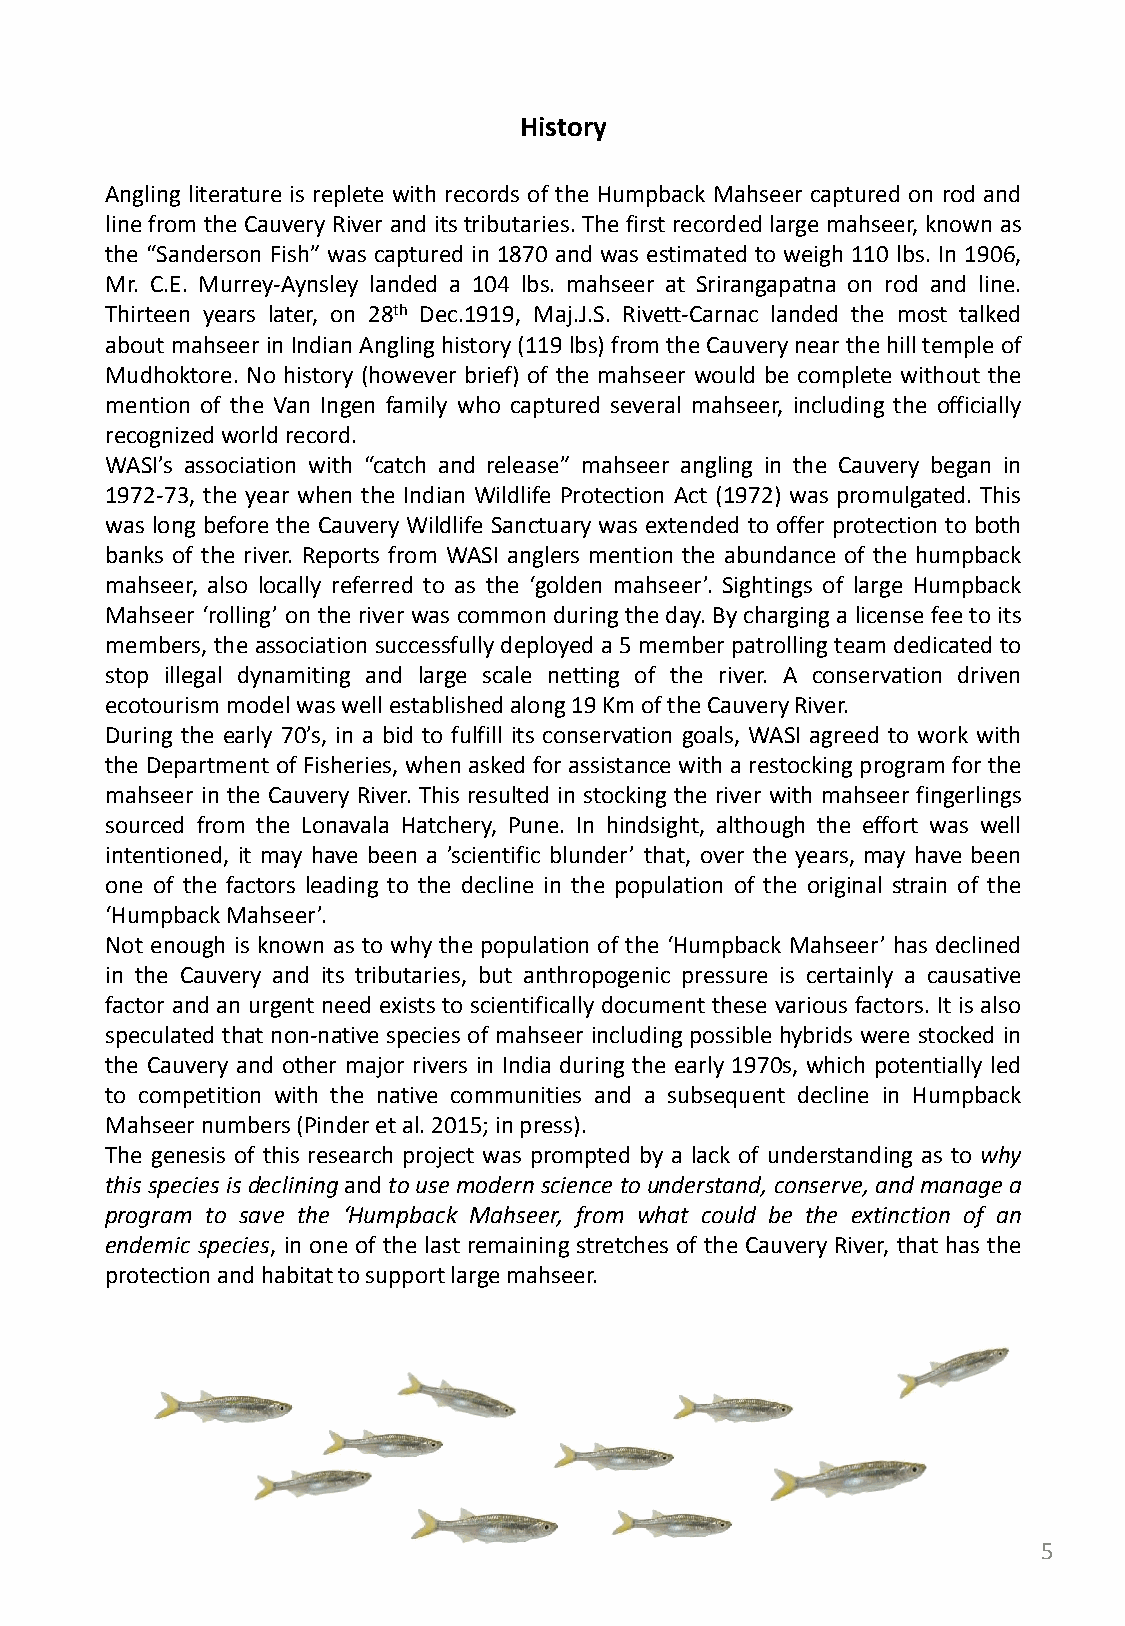
History
 Angling literature is replete with records of the Humpback Mahseer captured on rod and
 line from the Cauvery River and its tributaries. The first recorded large mahseer, known as
 the “Sanderson Fish” was captured in 1870 and was estimated to weigh 110 lbs. In 1906,
 Mr. C.E. Murrey-Aynsley landed a 104 lbs. mahseer at Srirangapatna on rod and line.
 Thirteen years later, on 28th Dec.1919, Maj.J.S. Rivett-Carnac landed the most talked
 about mahseer in Indian Angling history (119 lbs) from the Cauvery near the hill temple of
 Mudhoktore. No history (however brief) of the mahseer would be complete without the
 mention of the Van Ingen family who captured several mahseer, including the officially
 recognized world record.
 WASI’s association with “catch and release” mahseer angling in the Cauvery began in
 1972-73, the year when the Indian Wildlife Protection Act (1972) was promulgated. This
 was long before the Cauvery Wildlife Sanctuary was extended to offer protection to both
 banks of the river. Reports from WASI anglers mention the abundance of the humpback
 mahseer, also locally referred to as the ‘golden mahseer’. Sightings of large Humpback
 Mahseer ‘rolling’ on the river was common during the day. By charging a license fee to its
 members, the association successfully deployed a 5 member patrolling team dedicated to
 stop illegal dynamiting and large scale netting of the river. A conservation driven
 ecotourism model was well established along 19 Km of the Cauvery River.
 During the early 70’s, in a bid to fulfill its conservation goals, WASI agreed to work with
 the Department of Fisheries, when asked for assistance with a restocking program for the
 mahseer in the Cauvery River. This resulted in stocking the river with mahseer fingerlings
 sourced from the Lonavala Hatchery, Pune. In hindsight, although the effort was well
 intentioned, it may have been a ’scientific blunder’ that, over the years, may have been
 one of the factors leading to the decline in the population of the original strain of the
 ‘Humpback Mahseer’.
 Not enough is known as to why the population of the ‘Humpback Mahseer’ has declined
 in the Cauvery and its tributaries, but anthropogenic pressure is certainly a causative
 factor and an urgent need exists to scientifically document these various factors. It is also
 speculated that non-native species of mahseer including possible hybrids were stocked in
 the Cauvery and other major rivers in India during the early 1970s, which potentially led
 to competition with the native communities and a subsequent decline in Humpback
 Mahseer numbers (Pinder et al. 2015; in press).
 The genesis of this research project was prompted by a lack of understanding as to why
 this species is declining and to use modern science to understand, conserve, and manage a
 program to save the ‘Humpback Mahseer, from what could be the extinction of an
 endemic species, in one of the last remaining stretches of the Cauvery River, that has the
 protection and habitat to support large mahseer.
 5